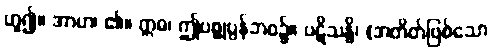
ဟူ၍။ အာဟ၊ ၏။ ဣဓ၊ ဤပစ္စုပ္ပန်ဘဝ၌။ ပဋိသန္ဓိ၊ (အတိတ်ဖြစ်သော